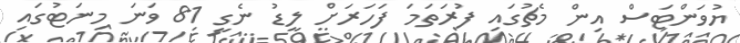
ޔުވަންޓަސް އިން މެޗުގައި ފުރަތަމަ ފަހަރަށް ލީޑު ނެގީ 81 ވަނަ މިނަޓުގައި